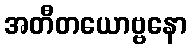
အတီတယောဗ္ဗနော